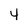
Character: 4